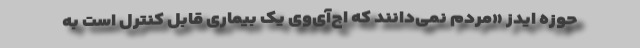
حوزه ایدز «مردم نمی‌دانند که اچ‌آی‌وی یک بیماری قابل کنترل است به